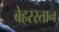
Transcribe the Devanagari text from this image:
बेहरस्तान